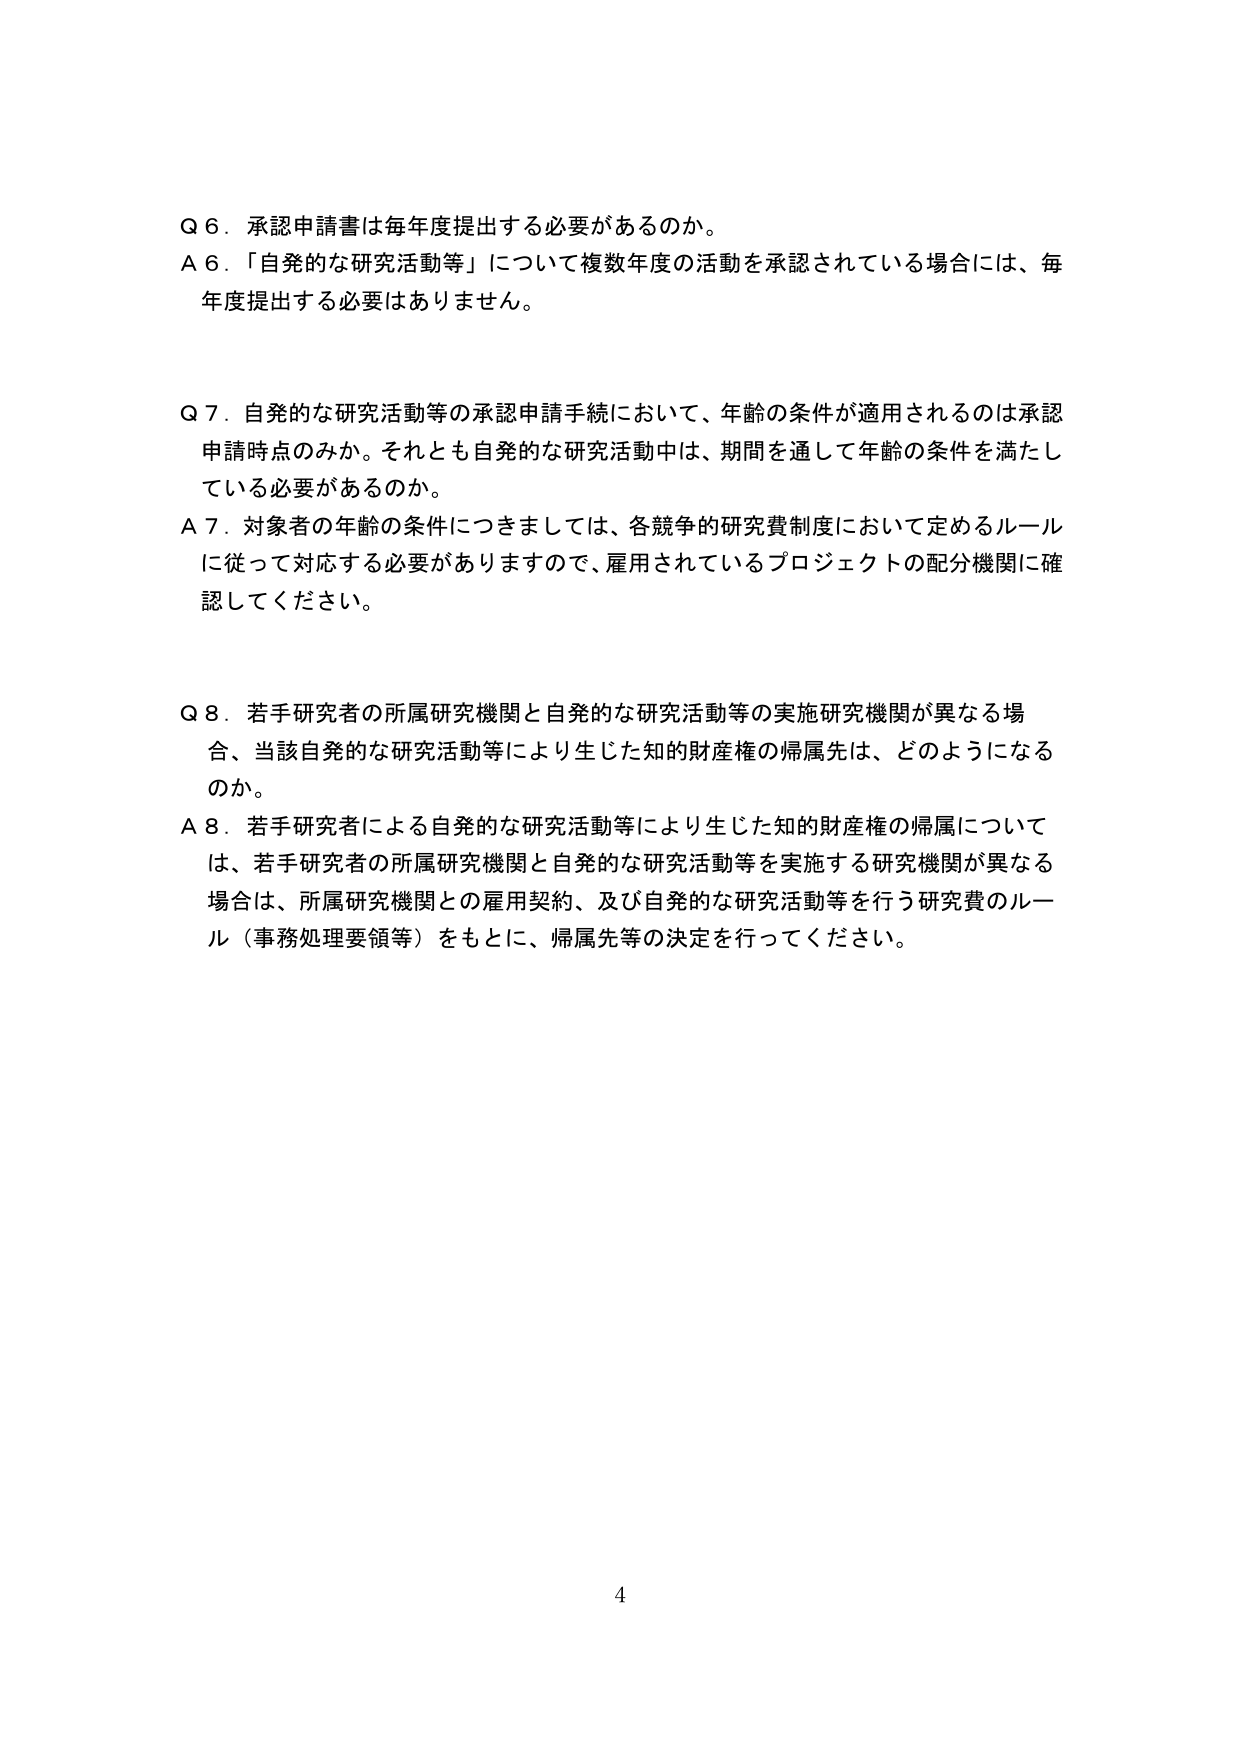
Q 6．承認申請書は毎年度提出する必要があるのか。
A 6．「自発的な研究活動等」について複数年度の活動を承認されている場合には、毎年度提出する必要はありません。

Q 7．自発的な研究活動等の承認申請手続において、年齢の条件が適用されるのは承認申請時点のみか。それとも自発的な研究活動中は、期間を通して年齢の条件を満たしている必要があるのか。
A 7．対象者の年齢の条件につきましては、各競争的研究費制度において定めるルールに従って対応する必要がありますので、雇用されているプロジェクトの配分機関に確認してください。

Q 8．若手研究者の所属研究機関と自発的な研究活動等の実施研究機関が異なる場合、当該自発的な研究活動等により生じた知的財産権の帰属先は、どのようになるのか。
A 8．若手研究者による自発的な研究活動等により生じた知的財産権の帰属については、若手研究者の所属研究機関と自発的な研究活動等を実施する研究機関が異なる場合は、所属研究機関との雇用契約、及び自発的な研究活動等を行う研究費のルール（事務処理要領等）をもとに、帰属先等の決定を行ってください。

4